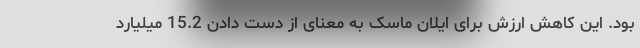
بود. این کاهش ارزش برای ایلان ماسک به معنای از دست دادن 15.2 میلیارد